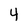
Character: 4